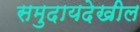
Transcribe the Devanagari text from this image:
समुदायदेखील